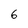
Character: 6